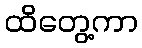
ထိတွေ့ကာ